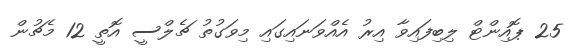
25 ޕޮއިންޓް ލިބިފައިވާ އިރު އެއްވަނައިގައި މިވަގުތު ޗެލްސީ އޮތީ 12 މެޗުން